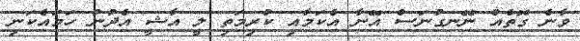
ވާނެ ގޮތެއް ނޭނގުނަސް އޭނާ އެކަމާއި ކުރިމަތި ލީ އާޝީ އެދުނު ހަމައެކަނި